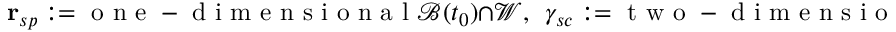
\mathbf { r } _ { s p } : = \mathrm { ~ o ~ n ~ e ~ - ~ d ~ i ~ m ~ e ~ n ~ s ~ i ~ o ~ n ~ a ~ l ~ } \mathcal { B } ( t _ { 0 } ) \cap \mathcal { W } , \ \ \gamma _ { s c } : = \mathrm { ~ t ~ w ~ o ~ - ~ d ~ i ~ m ~ e ~ n ~ s ~ i ~ o ~ n ~ a ~ l ~ } \mathcal { B } ( t _ { 0 } ) \cap \mathcal { W } .